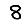
Digit: 8